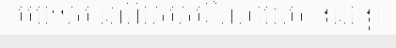
បរទេស ជាពិសេសគឺពលរដ្ឋមានជំនឿ